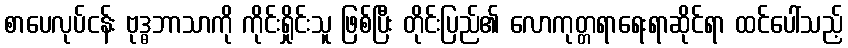
စာပေလုပ်ငန်း ဗုဒ္ဓဘာသာကို ကိုင်းရှိုင်းသူ ဖြစ်ပြီး တိုင်းပြည်၏ လောကုတ္တရာရေးရာဆိုင်ရာ ထင်ပေါ်သည့်